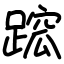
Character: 䠚